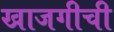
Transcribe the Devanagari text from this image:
खाजगीची